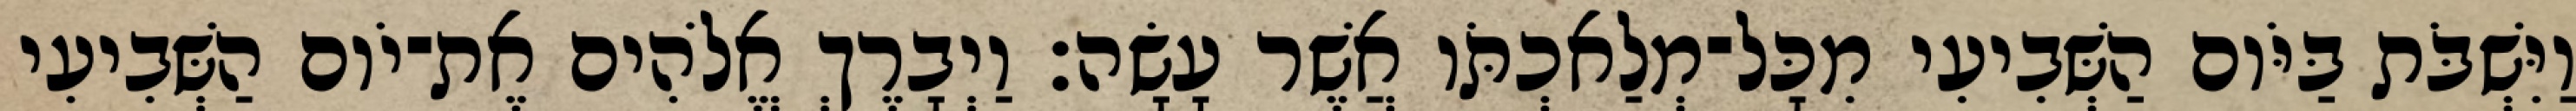
וַיִּשְׁבֹּת בַּיֹּום הַשְּׁבִיעִי מִכָּל־מְלַאכְתֹּו אֲשֶׁר עָשָׂה׃ וַיְבָרֶךְ אֱלֹהִים אֶת־יֹום הַשְּׁבִיעִי